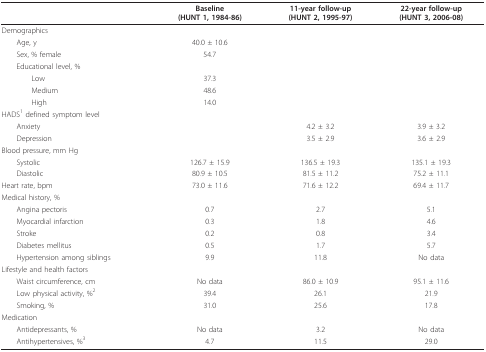
|  | Baseline(HUNT 1, 1984-86) | 11-year follow-up(HUNT 2, 1995-97) | 22-year follow-up(HUNT 3, 2006-08) |
 | --- | --- | --- | --- |
 | Demographics |  |  |  |
 | Age, y | 40.0 ± 10.6 |  |  |
 | Sex, % female | 54.7 |  |  |
 | Educational level, % |  |  |  |
 | Low | 37.3 |  |  |
 | Medium | 48.6 |  |  |
 | High | 14.0 |  |  |
 | HADS1 defined symptom level |  |  |  |
 | Anxiety |  | 4.2 ± 3.2 | 3.9 ± 3.2 |
 | Depression |  | 3.5 ± 2.9 | 3.6 ± 2.9 |
 | Blood pressure, mm Hg |  |  |  |
 | Systolic | 126.7 ± 15.9 | 136.5 ± 19.3 | 135.1 ± 19.3 |
 | Diastolic | 80.9 ± 10.5 | 81.5 ± 11.2 | 75.2 ± 11.1 |
 | Heart rate, bpm | 73.0 ± 11.6 | 71.6 ± 12.2 | 69.4 ± 11.7 |
 | Medical history, % |  |  |  |
 | Angina pectoris | 0.7 | 2.7 | 5.1 |
 | Myocardial infarction | 0.3 | 1.8 | 4.6 |
 | Stroke | 0.2 | 0.8 | 3.4 |
 | Diabetes mellitus | 0.5 | 1.7 | 5.7 |
 | Hypertension among siblings | 9.9 | 11.8 | No data |
 | Lifestyle and health factors |  |  |  |
 | Waist circumference, cm | No data | 86.0 ± 10.9 | 95.1 ± 11.6 |
 | Low physical activity, %2 | 39.4 | 26.1 | 21.9 |
 | Smoking, % | 31.0 | 25.6 | 17.8 |
 | Medication |  |  |  |
 | Antidepressants, % | No data | 3.2 | No data |
 | Antihypertensives, %3 | 4.7 | 11.5 | 29.0 |